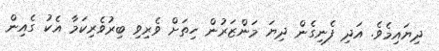
ދިޔައިމެވެ. އަދި ފެނިގެން ދިޔަ މަންޒަރުން ހިތަށް ވެރިވި ބިރުވެރިކަމާ އެކު ގެއިން